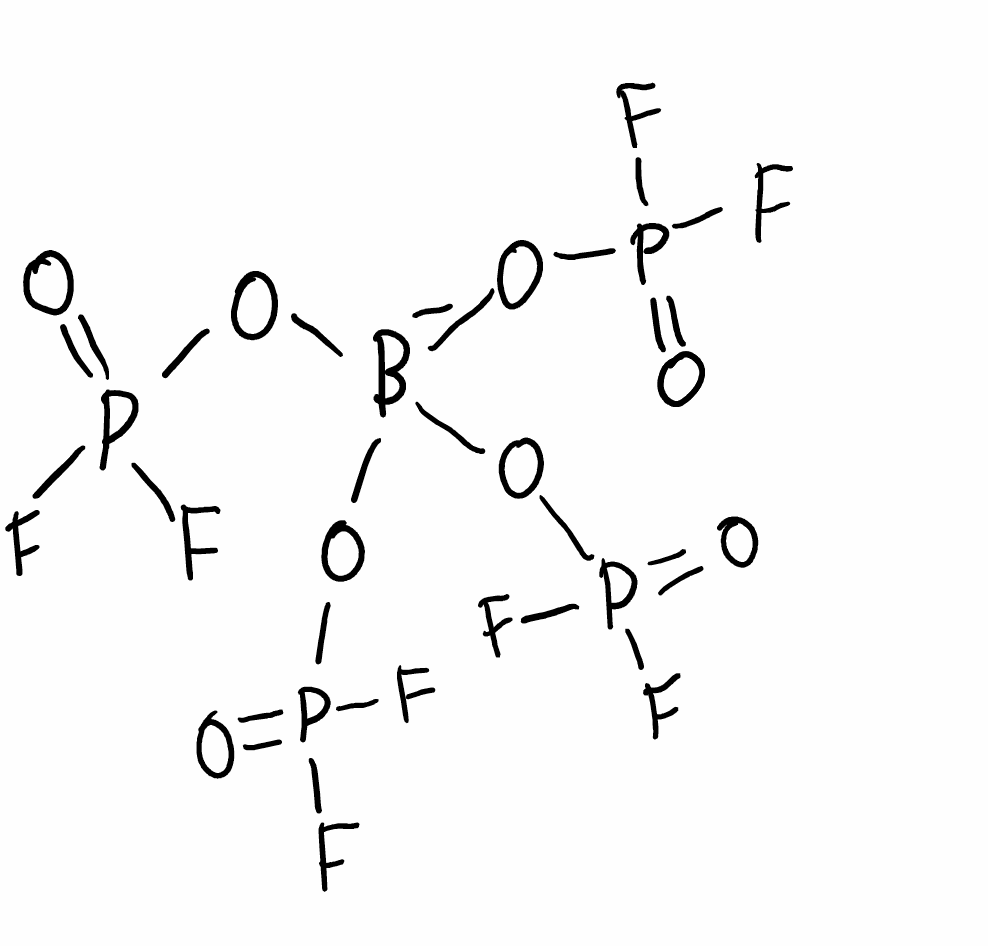
Simplified molecular-input line-entry system (SMILES) notation of the given molecule:
[B-](OP(=O)(F)F)(OP(=O)(F)F)(OP(=O)(F)F)OP(=O)(F)F